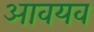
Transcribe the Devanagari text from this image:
आवयव